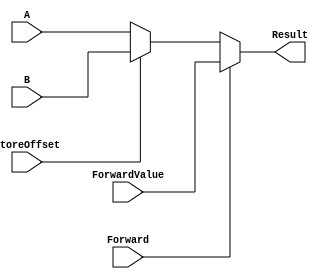
module MUX6(input [15:0]A,B, ForwardValue,
			input StoreOffset, Forward,
			output reg [15:0] Result);
always @(*)
begin
	if(Forward)
	begin
		Result = ForwardValue;
	end
	else
	begin
	Result =  A;
	if(StoreOffset)
		Result = B;
	end
end
endmodule